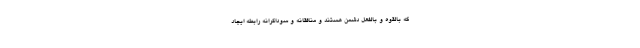
که بالقوه و بالفعل دشمن هستند و منافقانه و سوداگرانه رابطه ایجاد